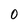
Character: 0